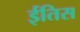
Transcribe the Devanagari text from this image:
ईतिस